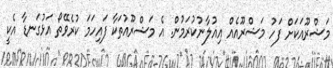
މަޝްރޫއަކަށް ފަހު މަޝްރޫއެއް އިއުލާނުކުރަމުން. އެ މަޝްރޫއުތަކާ ފައިހަމަ ކުރެވޭތޯ އަޅުގަނޑާ އެކީ